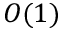
O ( 1 )